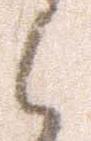
々